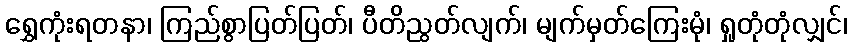
ရွှေကုံးရတနာ၊ ကြည်စွာပြတ်ပြတ်၊ ပီတိညွတ်လျက်၊ မျက်မှတ်ကြေးမုံ၊ ရှုတုံတုံလျှင်၊